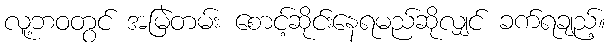
လူ့ဘဝတွင် အမြဲတမ်း စောင့်ဆိုင်းနေရမည်ဆိုလျှင် ခက်ရချည့်။